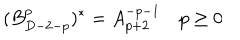
( B _ { D - 2 - p } ^ { p } ) ^ { * } = A _ { p + 2 } ^ { - p - 1 } \quad p \ge 0